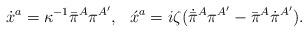
LaTeX: \begin{align*}\dot{x}{}^a = \kappa^{-1}\bar{\pi}{}^A\pi^{A'},\,\,\,\,\acute{x}{}^a = i\zeta(\dot{\bar{\pi}}{}^A\pi^{A'} - \bar{\pi}{}^A\dot{\pi}{}^{A'}).\end{align*}